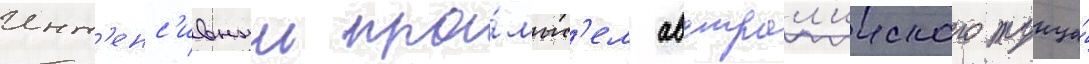
Инт'енс'ивныи про́мыс'ел австрал'ииского тунца́